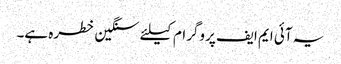
یہ آئی ایم ایف پروگرام کیلئے سنگین خطرہ ہے۔